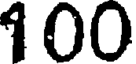
1 00